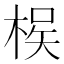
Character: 𭪵